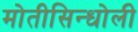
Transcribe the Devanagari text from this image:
मोतीसिन्धोली